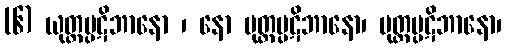
(၆) ယုတ္တပ္ပဋိဘာနော ၊ နော မုတ္တပ္ပဋိဘာနော၊ မုတ္တပ္ပဋိဘာနော၊